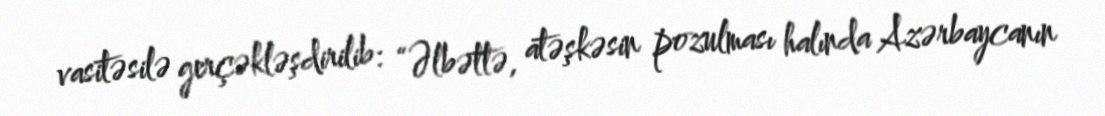
vasitəsilə gerçəkləşdirilib: “Əlbəttə, atəşkəsin pozulması halında Azərbaycanın